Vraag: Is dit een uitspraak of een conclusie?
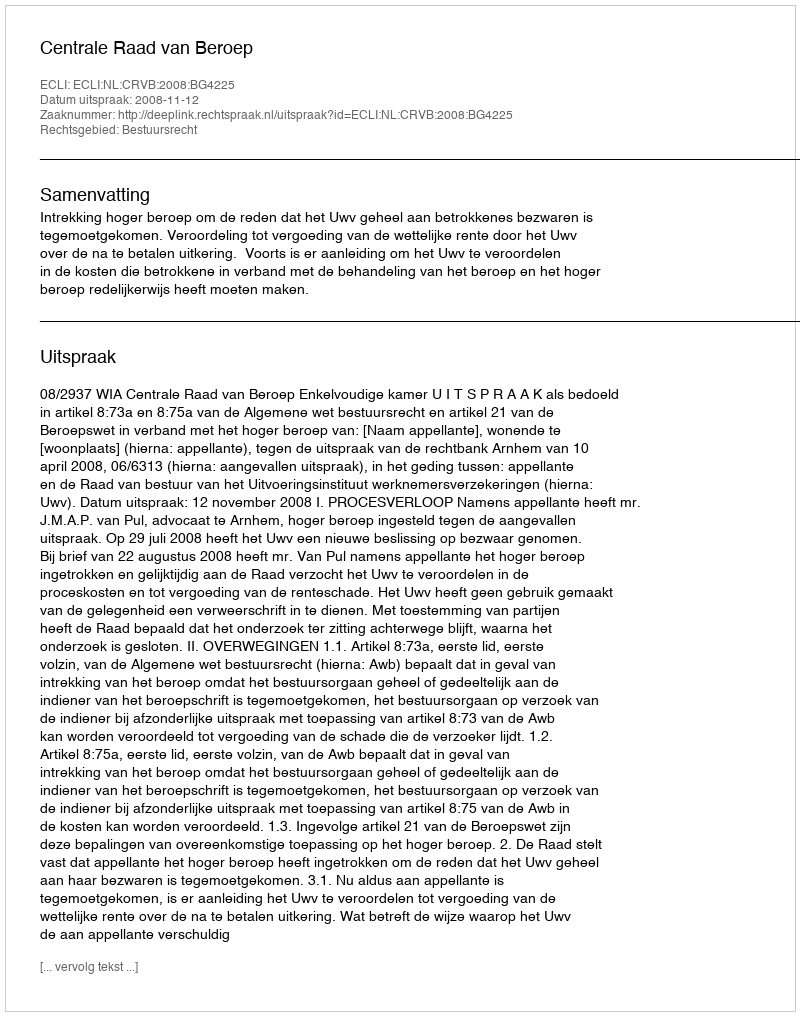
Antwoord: Uitspraak